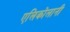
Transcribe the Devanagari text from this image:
एलिकोलानी